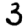
Digit: 3